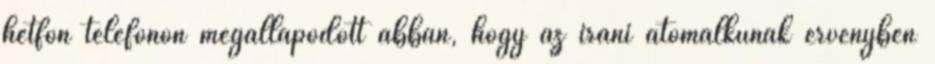
hétfőn telefonon megállapodott abban, hogy az iráni atomalkunak érvényben